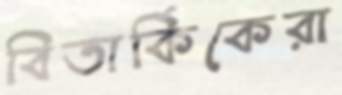
বিতার্কিকেরা